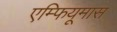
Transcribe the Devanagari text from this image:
एम्फियूमास